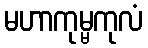
မဟာကုမ္မကုလံ